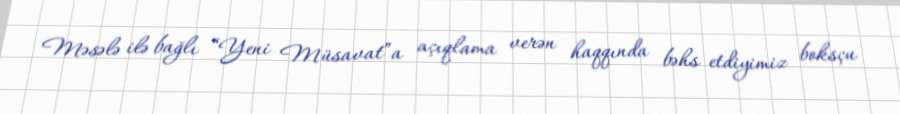
Məsələ ilə bağlı “Yeni Müsavat”a açıqlama verən haqqında bəhs etdiyimiz boksçu